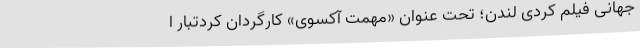
جهانی فيلم کُردی لندن؛ تحت عنوان «مهمت آکسوی» کارگردان کُردتبار ا